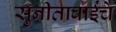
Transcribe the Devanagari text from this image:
सुनीताबाईंचे